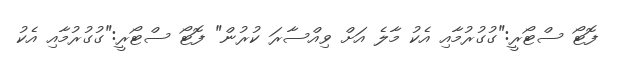
ފޮޓޯ ސްޓޯރީ:"ގުގުރުމާއި އެކު މާލެ އަށް ވިއްސާރަ ކުރުން" ފޮޓޯ ސްޓޯރީ:"ގުގުރުމާއި އެކު